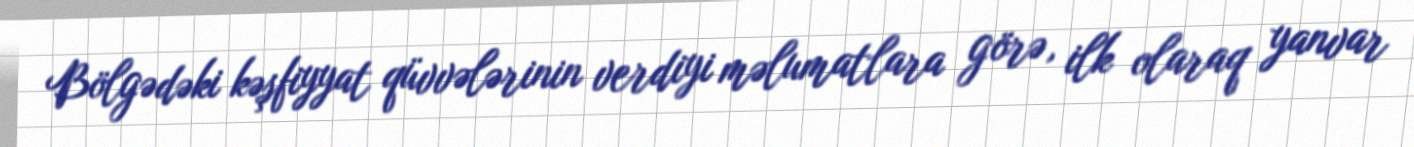
Bölgədəki kəşfiyyat qüvvələrinin verdiyi məlumatlara görə, ilk olaraq yanvar